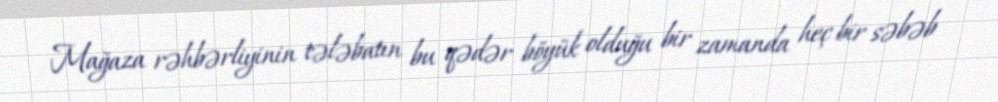
Mağaza rəhbərliyinin tələbatın bu qədər böyük olduğu bir zamanda heç bir səbəb